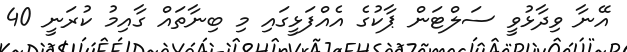
އޭނާ ވިދާޅުވީ ސަލްޓަން ޕާކުގެ އެއްފަަޅީގައި މި ބިނާތައް ގާއިމު ކުރަނީ 40